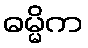
ဓမ္မိက